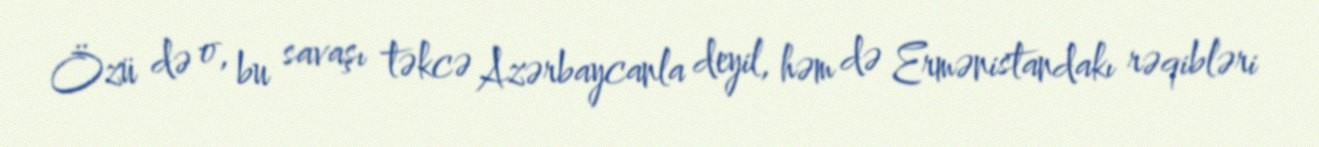
Özü də o, bu savaşı təkcə Azərbaycanla deyil, həm də Ermənistandakı rəqibləri